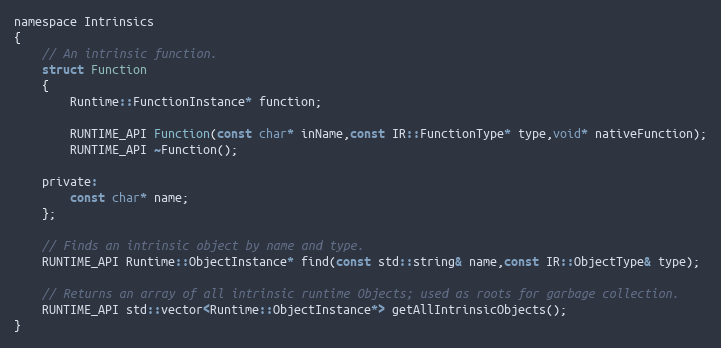
Language: C
namespace Intrinsics
{
	// An intrinsic function.
	struct Function
	{
		Runtime::FunctionInstance* function;

		RUNTIME_API Function(const char* inName,const IR::FunctionType* type,void* nativeFunction);
		RUNTIME_API ~Function();

	private:
		const char* name;
	};

	// Finds an intrinsic object by name and type.
	RUNTIME_API Runtime::ObjectInstance* find(const std::string& name,const IR::ObjectType& type);

	// Returns an array of all intrinsic runtime Objects; used as roots for garbage collection.
	RUNTIME_API std::vector<Runtime::ObjectInstance*> getAllIntrinsicObjects();
}